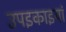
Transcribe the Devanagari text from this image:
उपइकाइयां